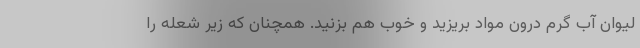
لیوان آب گرم درون مواد بریزید و خوب هم بزنید. همچنان که زیر شعله را